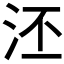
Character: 𣳎